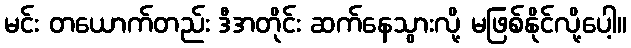
မင်း တယောက်တည်း ဒီအတိုင်း ဆက်နေသွားလို့ မဖြစ်နိုင်လို့ပေါ့။